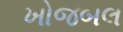
ખોજબલ